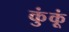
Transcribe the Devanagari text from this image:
कुंकूं